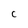
Character: C